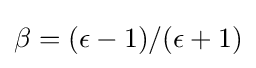
\beta =(\epsilon -1)/(\epsilon +1)